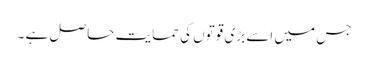
جس میں اسے بڑی قوتوں کی حمایت حاصل ہے ۔